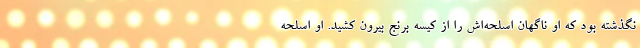
نگذشته بود که او ناگهان اسلحه‌اش را از کیسه برنج بیرون کشید. او اسلحه